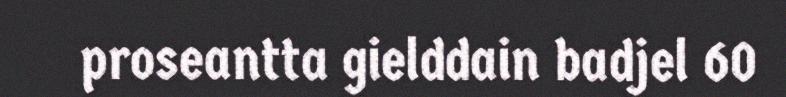
proseantta gielddain badjel 60